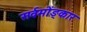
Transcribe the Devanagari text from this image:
सर्वमोंङ्कार